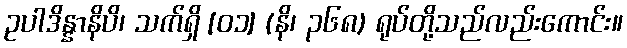
ဥပါဒိန္နာနိပိ၊ သက်ရှိ [၀၁] (နိ၊ ၃၆၈) ရုပ်တို့သည်လည်းကောင်း။